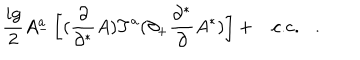
\frac { i g } { 2 } A _ { - } ^ { a } \left[ ( \frac { \partial } { \partial ^ { * } } A ) T ^ { a } ( \partial _ { + } \frac { \partial ^ { * } } { \partial } A ^ { * } ) \right] + \mathrm { c . c . } .